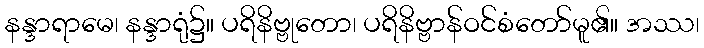
နန္ဒာရာမေ၊ နန္ဒာရုံ၌။ ပရိနိဗ္ဗုတော၊ ပရိနိဗ္ဗာန်ဝင်စံတော်မူ၏။ အဿ၊